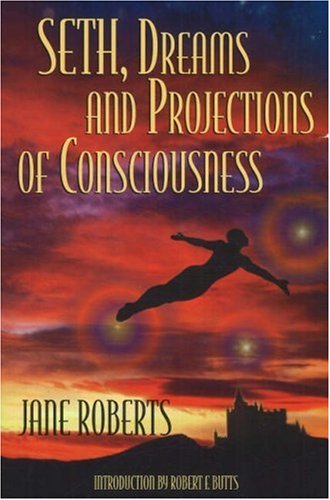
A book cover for Seth Dreams and Projections Of Consciousness; Jane Roberts; Self-Help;